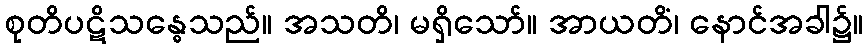
စုတိပဋိသန္ဓေသည်။ အသတိ၊ မရှိသော်။ အာယတိံ၊ နောင်အခါ၌။